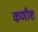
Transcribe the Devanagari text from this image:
कणीश